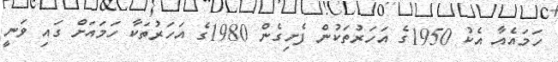
ހަމައެއާ އެކު 1950ގެ އަހަރުތަކުން ފެށިގެން 1980ގެ އަހަރުތަކާ ހަމައަށް ގައި ވަނީ